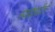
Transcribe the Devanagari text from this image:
स्वदेशप्रीती